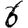
Digit: 6